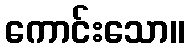
ကောင်းသော။